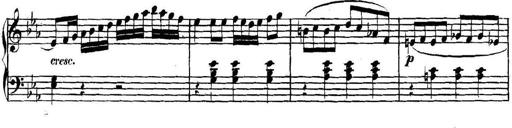
Title: Collected Piano Sonatas
Composer: Muzio Clementi